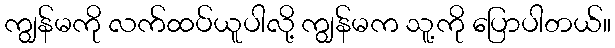
ကျွန်မကို လက်ထပ်ယူပါလို့ ကျွန်မက သူ့ကို ပြောပါတယ်။